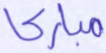
مباركا